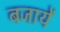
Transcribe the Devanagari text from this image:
बजायें